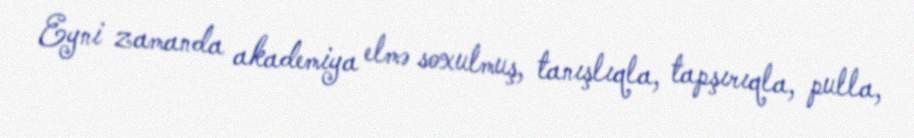
Eyni zamanda akademiya elmə soxulmuş, tanışlıqla, tapşırıqla, pulla,